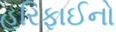
હરિફાઈનો